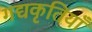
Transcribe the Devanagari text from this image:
गद्यकृतियाँ